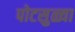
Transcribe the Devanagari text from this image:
पोटसुळ्या